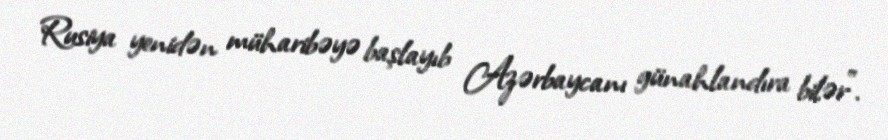
Rusiya yenidən müharibəyə başlayıb Azərbaycanı günahlandıra bilər”.